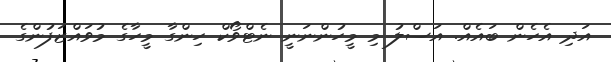
އަދި އެހެން ބައެއް. އަސްލު މި މީހުންނަނީ ނެޓްވޯކް ހިންގާ މީހާގެ މުވައްޒަފުންގެ